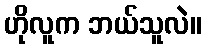
ဟိုလူက ဘယ်သူလဲ။